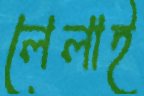
লেলাই